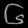
Digit: ၆